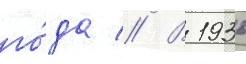
го́да // В 1936